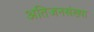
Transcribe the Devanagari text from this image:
अतिजनसंख्या